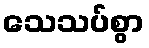
သေသပ်စွာ